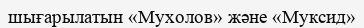
шығарылатын «Мухолов» және «Муксид»